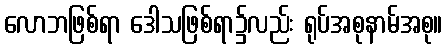
လောဘဖြစ်ရာ ဒေါသဖြစ်ရာ၌လည်း ရုပ်အစုနာမ်အစု။